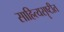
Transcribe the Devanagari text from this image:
साहित्यसॄष्टीत